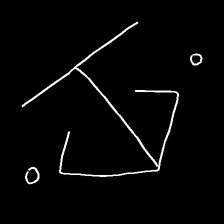
Glyph: earth